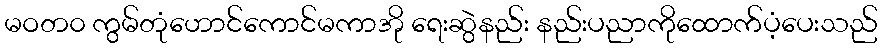
မဝတ၀ ကွမ်တုံဟောင်ကောင်မကာအို ရေးဆွဲနည်း နည်းပညာကိုထောက်ပံ့ပေးသည်